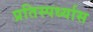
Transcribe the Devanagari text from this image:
प्रतिस्पर्ध्यास